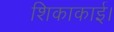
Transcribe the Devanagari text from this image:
शिकाकाई।